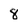
Character: 8